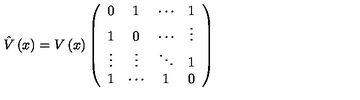
\hat { V } \left( x \right) = V \left( x \right) \left( \begin{array} { c c c c } { 0 } & { 1 } & { \cdots } & { 1 } \\ { 1 } & { 0 } & { \cdots } & { \vdots } \\ { \vdots } & { \vdots } & { \ddots } & { 1 } \\ { 1 } & { \cdots } & { 1 } & { 0 } \\ \end{array} \right)